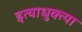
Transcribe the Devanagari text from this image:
इत्याधुक्त्या